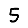
Digit: 5